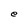
Character: e